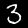
Label: 3